Lunatic asylums United Provinces 1899-1908 - 1899-1908
Year: 1899
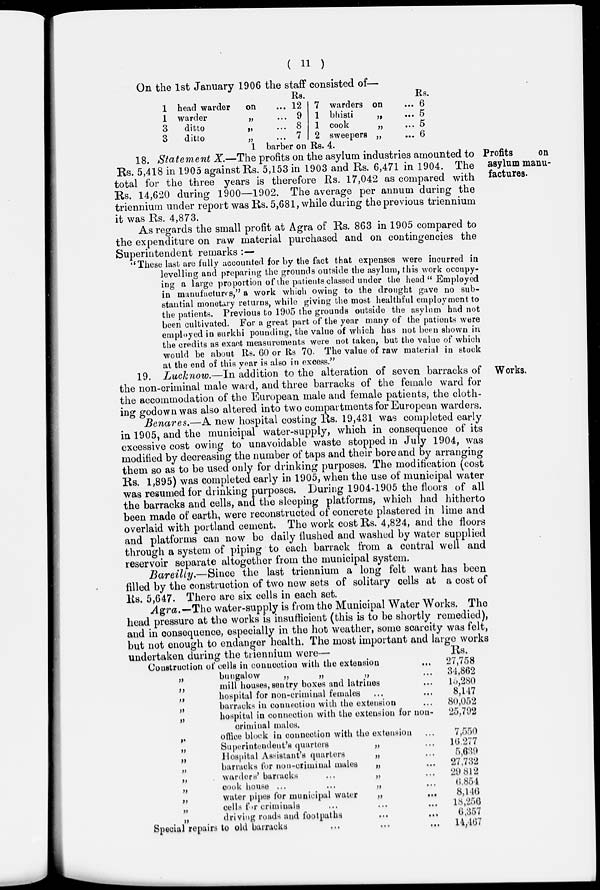
( 11 )
On the 1st January 1906 the staff consisted of—
1
1
3
3
head warder
on ...
warder
„ ...
ditto
„
...
ditto
„ ...
Rs.
12
9
8
7
7
1
1
2
warders on ...
bhisti
„ ...
cook
„ ...
sweepers „ ...
Rs.
6
5
5
6
1 barber on Rs. 4.
Profits
on
asylum manu-
factures.
18. Statement X.—The profits on the asylum industries amounted to
Rs. 5,418 in 1905 against Rs. 5,153 in 1903 and Rs. 6,471 in 1904. The
total for the three years is therefore Rs. 17,042 as compared with
Rs. 14,620 during 1900—1902. The average per annum during the
triennium under report was Rs. 5,681, while during the previous triennium
it was Rs. 4,873.
As regards the small profit at Agra of Rs. 863 in 1905 compared to
the expenditure on raw material purchased and on contingencies the
Superintendent remarks :—
"These last are fully accounted for by the fact that expenses were incurred in
levelling and preparing the grounds outside the asylum, this work occupy-
ing a large proportion of the patients classed under the head " Employed
in manufactures," a work which owing to the drought gave no sub-
stantial monetary returns, while giving the most healthful employment to
the patients. Previous to 1905 the grounds outside the asylum had not
been cultivated. For a great part of the year many of the patients were
employed in surkhi pounding, the value of which has not been shown in
the credits as exact measurements were not taken, but the value of which
would be about Rs. 60 or Rs 70. The value of raw material in stock
at the end of this year is also in excess."
Works.
19. Lucknow.—In addition to the alteration of seven barracks of
the non-criminal male ward, and three barracks of the female ward for
the accommodation of the European male and female patients, the cloth-
ing godown was also altered into two compartments for European warders.
Benares.—A new hospital costing Rs. 19,431 was completed early
in 1905, and the municipal water-supply, which in consequence of its
excessive cost owing to unavoidable waste stopped in July 1904, was
modified by decreasing the number of taps and their bore and by arranging
them so as to be used only for drinking purposes. The modification (cost
Rs. 1,895) was completed early in 1905, when the use of municipal water
was resumed for drinking purposes. During 1904-1905 the floors of all
the barracks and cells, and the sleeping platforms, which had hitherto
been made of earth, were reconstructed of concrete plastered in lime and
overlaid with portland cement. The work cost Rs. 4,824, and the floors
and platforms can now be daily flushed and washed by water supplied
through a system of piping to each barrack from a central well and
reservoir separate altogether from the municipal system.
Bareilly.—Since
the last triennium a long felt want has been
filled by the construction of two new sets of solitary cells at a cost of
Rs. 5,647. There are six cells in each set.
Agra.—The water-supply is from the Municipal Water Works. The
head pressure at the works is insufficient (this is to be shortly remedied),
and in consequence, especially in the hot weather, some scarcity was felt,
but not enough to endanger health. The most important and large works
undertaken during the triennium wore—
undertaken during the triennium were—
Construction of cells in connection with the extension ...
„
bungalow
„
„
„ ...
„
mill houses, sentry boxes and latrines ...
„
hospital for non-criminal females ... ...
„
barracks in connection with the extension ...
„
hospital in connection with the extension for non-
criminal males.
„
office block in connection with the extension ...
„
Superintendent's quarters
„ ...
„
Hospital Assistant's quarters
„ ...
„
barracks tor non-criminal males
„ ...
„
warders' barracks
...
„ ...
„
cook house ...
...
„ ...
„
water pipes for municipal water
„
...
„
cells for criminals ... ... ...
„
driving roads and footpaths ... ...
Special repairs to old barracks ... ... ...
Rs.
27,758
34,862
15,280
8,147
80,052
25,792
7,550
16,277
5,639
27,732
29,812
6,854
8,146
18,256
6,357
14,467